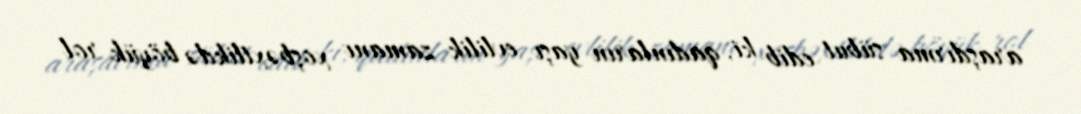
araşdırma sübut edib ki, qadınların yaşı evlilik zamanı xoşbəxtlikdə böyük rol